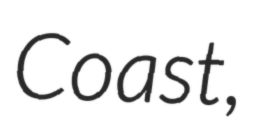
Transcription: Coast,